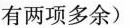
有两项多余)